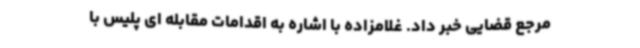
مرجع قضایی خبر داد. غلامزاده با اشاره به اقدامات مقابله ای پلیس با